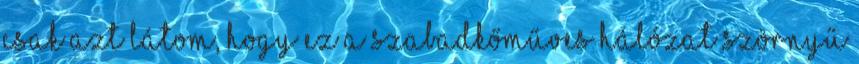
csak azt látom, hogy ez a szabadkőműves HÁLÓZAT szörnyű